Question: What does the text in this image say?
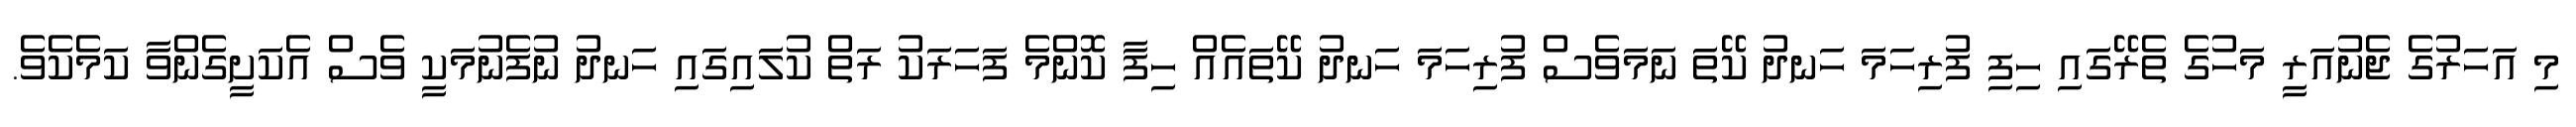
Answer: މި އަހަރުގެ ޖެނުއަރީ މަހުގެ ތެރޭގައި ހިފި ފުރިހަމަ ހަނދު ކޭތަ ނަމަވެސް ފުރިހަމަ ހަނދު ކޭތައެއް ހިފާ ކޮންމެ ފަހަރަކު ރަތް ކުލައިގައި ހަނދު ނުފެނުމަކީ ވެސް އެކަށީގެންވާ ކަމެކެވެ.